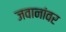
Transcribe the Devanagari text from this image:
जवानांवर